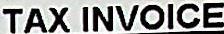
TAX INVOICE